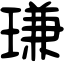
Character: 㻩